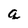
Character: q